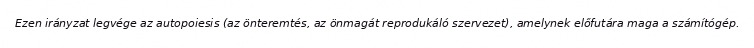
Ezen irányzat legvége az autopoiesis (az önteremtés, az önmagát reprodukáló szervezet), amelynek előfutára maga a számítógép.